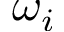
\omega _ { i }